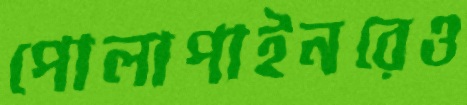
পোলাপাইনরেও